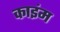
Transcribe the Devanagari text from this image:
काइंम